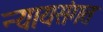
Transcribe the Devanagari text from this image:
न्‍यायसंगत